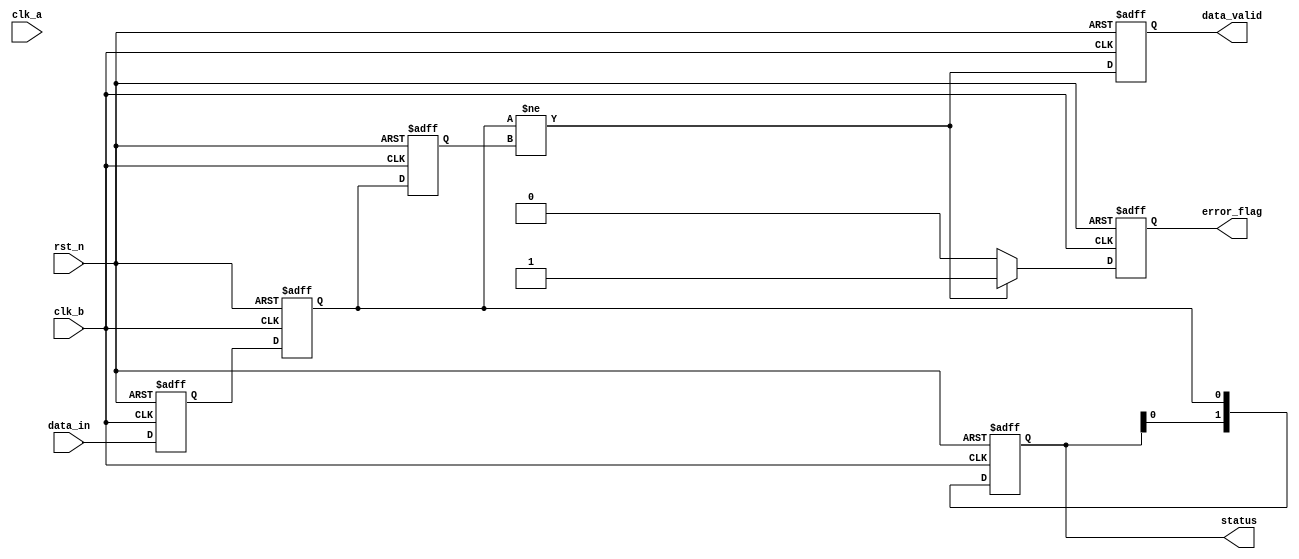
module cdc_detector (
    input wire clk_a,          // Clock for the source domain
    input wire clk_b,          // Clock for the destination domain
    input wire rst_n,          // Active low reset
    input wire data_in,        // Data signal from the source domain
    output reg data_valid,     // Indicates valid data after synchronization
    output reg error_flag,     // Error flag for detected transitions
    output reg [1:0] status    // Status register to hold the last two states
);

// Internal signals
reg data_sync_1;             // First stage of synchronization
reg data_sync_2;             // Second stage of synchronization
reg data_prev;               // Previous sampled data

// Synchronizer: Two flip-flops to mitigate metastability
always @(posedge clk_b or negedge rst_n) begin
    if (!rst_n) begin
        data_sync_1 <= 1'b0;
        data_sync_2 <= 1'b0;
    end else begin
        data_sync_1 <= data_in;  // Sample data_in on clk_b
        data_sync_2 <= data_sync_1; // Second flip-flop
    end
end

// Detect transitions and generate error flag
always @(posedge clk_b or negedge rst_n) begin
    if (!rst_n) begin
        data_prev <= 1'b0;
        error_flag <= 1'b0;
        data_valid <= 1'b0;
        status <= 2'b00;
    end else begin
        // Check for valid data
        data_valid <= (data_sync_2 != data_prev);
        
        // Update status register
        status <= {status[0], data_sync_2}; // Shift previous state into status

        // Detect transition
        if (data_sync_2 != data_prev) begin
            error_flag <= 1'b1; // Transition detected
        end else begin
            error_flag <= 1'b0; // No transition
        end
        
        // Update previous data
        data_prev <= data_sync_2;
    end
end

endmodule